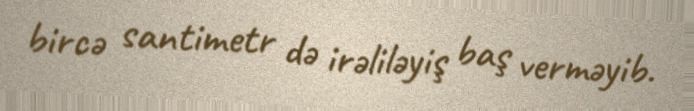
bircə santimetr də irəliləyiş baş verməyib.